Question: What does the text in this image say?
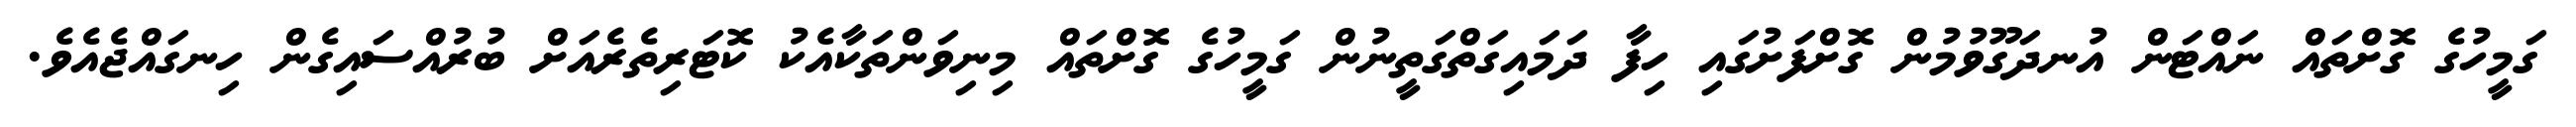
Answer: ގަމީހުގެ ގޮށްތައް ނައްޓަން އުނދަގޫވުމުން ގޮށްފަށުގައި ހިފާ ދަމައިގަތްގަތީނުން ގަމީހުގެ ގޮށްތައް މިނިވަންތަކާއެކު ކޮޓަރިތެރެއަށް ބުރުއްސައިގެން ހިނގައްޖެއެވެ.